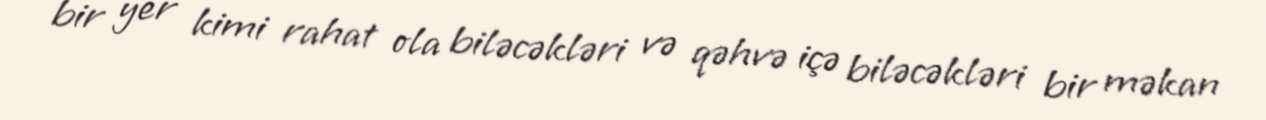
bir yer kimi rahat ola biləcəkləri və qəhvə içə biləcəkləri bir məkan